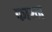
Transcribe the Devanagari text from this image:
फारन